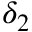
\delta _ { 2 }